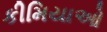
કીમિયાઓ